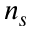
n _ { s }